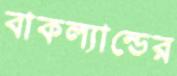
বাকল্যান্ডের